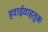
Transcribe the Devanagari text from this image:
हवाईवाहतूक